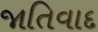
જાતિવાદ